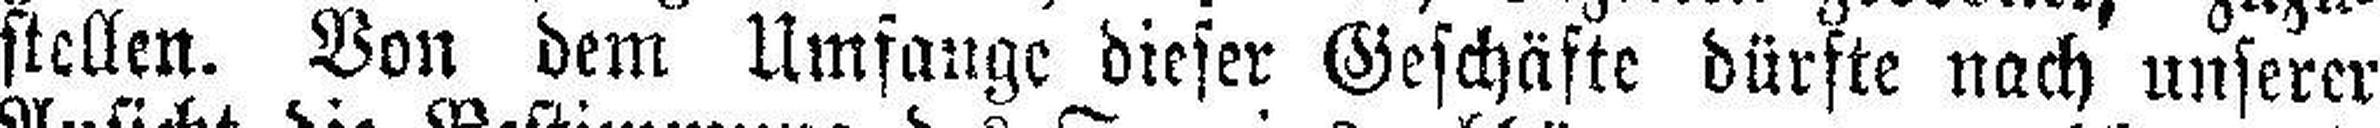
stellen. Von dem Umfange dieser Geschäfte dürfte nach unserer